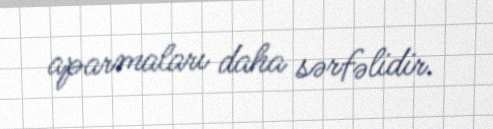
aparmaları daha sərfəlidir.